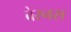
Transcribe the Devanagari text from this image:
बेरनस